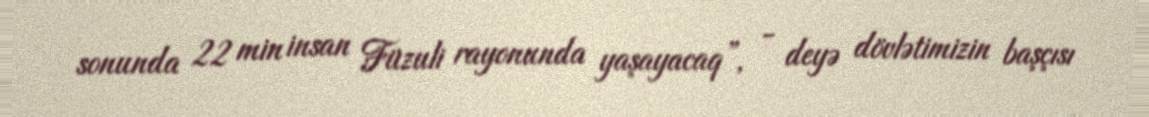
sonunda 22 min insan Füzuli rayonunda yaşayacaq”, - deyə dövlətimizin başçısı